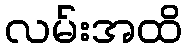
လမ်းအထိ